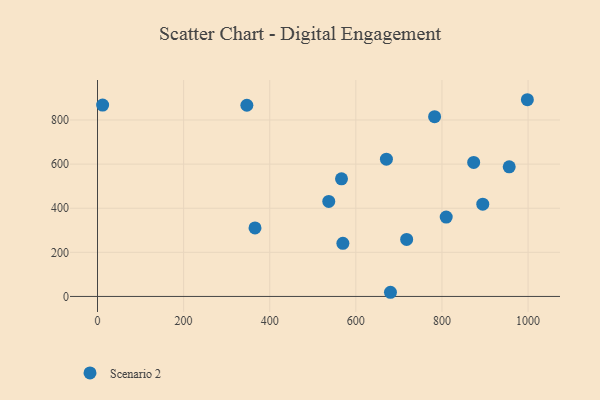
{"axis": {"x": "Study Hours", "y": "Rating"}, "legend": ["Scenario 2"], "data": [{"x": "671.0", "y": 622.5, "type": "Scenario 2"}, {"x": "346.9", "y": 866.8, "type": "Scenario 2"}, {"x": "956.2", "y": 587.8, "type": "Scenario 2"}, {"x": "11.9", "y": 867.5, "type": "Scenario 2"}, {"x": "537.1", "y": 430.7, "type": "Scenario 2"}, {"x": "998.4", "y": 891.9, "type": "Scenario 2"}, {"x": "566.7", "y": 533.3, "type": "Scenario 2"}, {"x": "782.9", "y": 815.1, "type": "Scenario 2"}, {"x": "680.4", "y": 18.9, "type": "Scenario 2"}, {"x": "809.9", "y": 359.7, "type": "Scenario 2"}, {"x": "569.9", "y": 240.7, "type": "Scenario 2"}, {"x": "873.7", "y": 607.8, "type": "Scenario 2"}, {"x": "718.0", "y": 258.6, "type": "Scenario 2"}, {"x": "894.8", "y": 418.2, "type": "Scenario 2"}, {"x": "365.8", "y": 310.7, "type": "Scenario 2"}]}